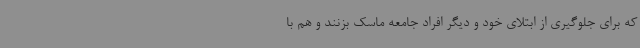
که برای جلوگیری از ابتلای خود و دیگر افراد جامعه ماسک بزنند و هم با